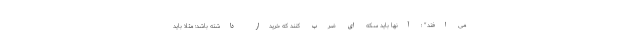
می افتد" ؛ آنها باید سکه ای ضرب کنند که خریدار داشته باشد؛ مثلاً باید